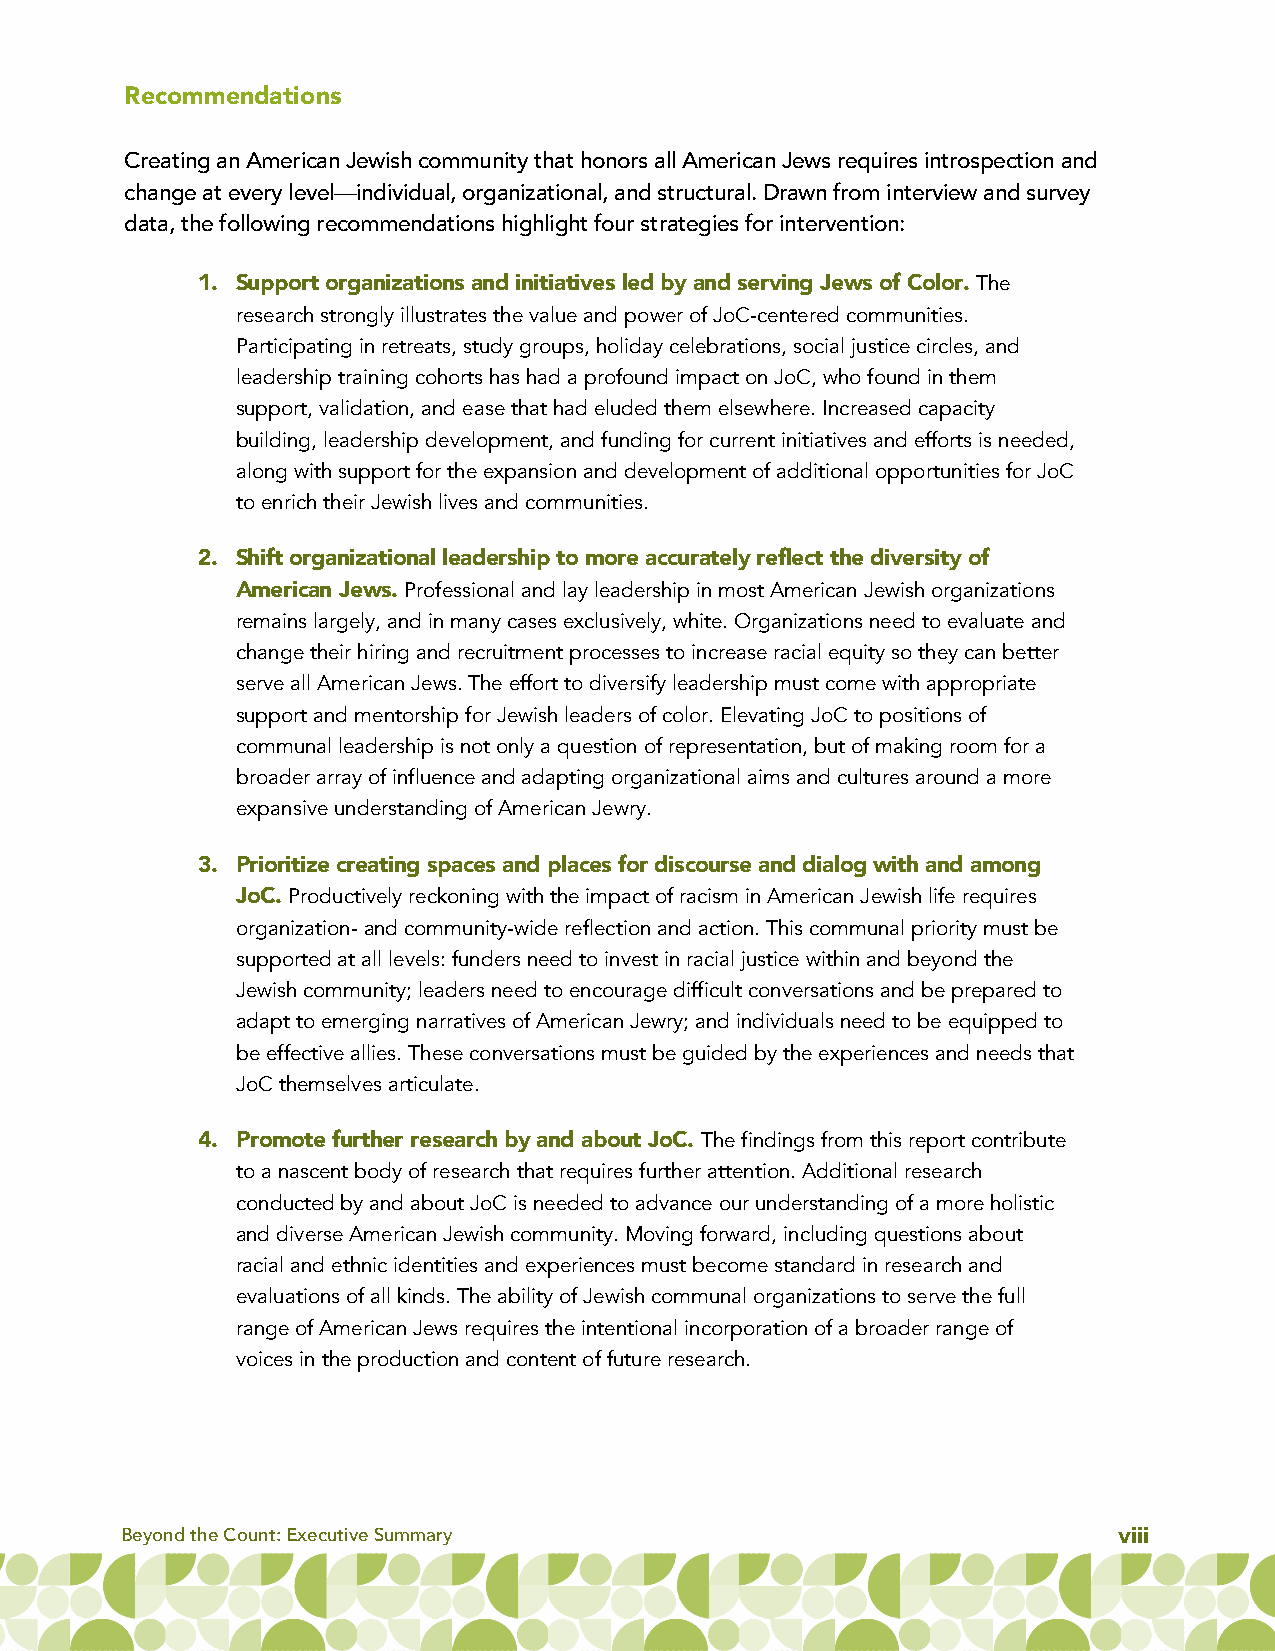
Recommendations
 Creating an American Jewish community that honors all American Jews requires introspection and
 change at every level—individual, organizational, and structural. Drawn from interview and survey
 data, the following recommendations highlight four strategies for intervention:
 1. Support organizations and initiatives led by and serving Jews of Color. The
 research strongly illustrates the value and power of JoC-centered communities.
 Participating in retreats, study groups, holiday celebrations, social justice circles, and
 leadership training cohorts has had a profound impact on JoC, who found in them
 support, validation, and ease that had eluded them elsewhere. Increased capacity
 building, leadership development, and funding for current initiatives and efforts is needed,
 along with support for the expansion and development of additional opportunities for JoC
 to enrich their Jewish lives and communities.
 2. Shift organizational leadership to more accurately reflect the diversity of
 American Jews. Professional and lay leadership in most American Jewish organizations
 remains largely, and in many cases exclusively, white. Organizations need to evaluate and
 change their hiring and recruitment processes to increase racial equity so they can better
 serve all American Jews.The effort to diversify leadership must come with appropriate
 support and mentorship for Jewish leaders of color. Elevating JoC to positions of
 communal leadership is not only a question of representation, but of making room for a
 broader array of influence and adapting organizational aims and cultures around a more
 expansive understanding of American Jewry.
 3. Prioritize creating spaces and places for discourse and dialog with and among
 JoC. Productively reckoning with the impact of racism in American Jewish life requires
 organization-and community-wide reflection and action. This communal priority must be
 supported at all levels: funders need to invest in racial justice within and beyond the
 Jewish community; leaders need to encourage difficult conversations and be prepared to
 adapt to emerging narratives of American Jewry; and individuals need to be equipped to
 be effective allies. These conversations must be guided by the experiences and needs that
 JoC themselves articulate.
 4. Promote further research by and about JoC. The findings from this report contribute
 to a nascent body of research that requires further attention. Additional research
 conducted by and about JoC is needed to advance our understanding of a more holistic
 and diverse American Jewish community. Moving forward, including questions about
 racial and ethnic identities and experiences must become standard in research and
 evaluations of all kinds. The ability of Jewish communal organizations to serve the full
 range of American Jews requires the intentional incorporation of a broader range of
 voices in the production and content of future research.
 Beyond the Count: Executive Summary                               viii